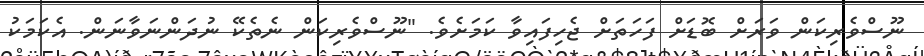
ނޫސްވެރިކަން ވަރަށް ބޮޑަށް ފަހަތަށް ޖެހިފައިވާ ކަމަށެވެ. "ނޫސްވެރިކަން ނެތެކޭ ނުދަންނަވާނަން. އެކަމަކު